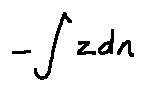
- \int z d n